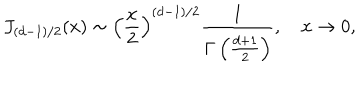
J _ { ( d - 1 ) / 2 } ( x ) \sim \left( { \frac { x } { 2 } } \right) ^ { ( d - 1 ) / 2 } { \frac { 1 } { \Gamma \left( { \frac { d + 1 } { 2 } } \right) } } , \quad x \to 0 ,